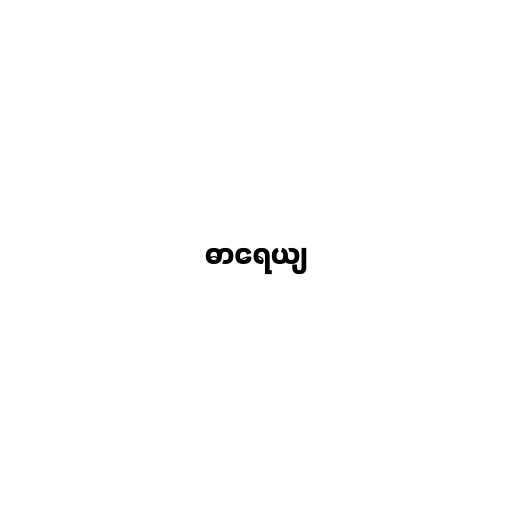
ဓာရေယျ